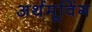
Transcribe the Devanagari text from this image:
अर्थमूविंग